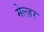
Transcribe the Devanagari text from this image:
मेल्ज़र